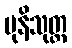
မုနိသုတ္တ